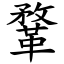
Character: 鞪